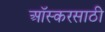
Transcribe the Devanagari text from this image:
ऑस्करसाठी